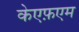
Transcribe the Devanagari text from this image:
केएफ़एम